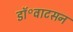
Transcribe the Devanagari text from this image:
डॉ॰वाटसन